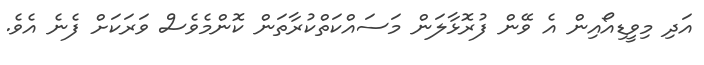
އަދި މިވީޑިއޯއިން އެ ވޭން ފުރޮޅާލަން މަސައްކަތްކުރާތަން ކޮންމެވެސް ވަރަކަށް ފެނެ އެވެ.